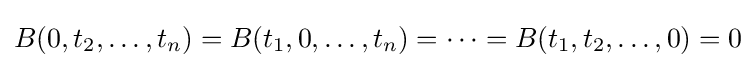
B(0,t_{2},\dots ,t_{n})=B(t_{1},0,\dots ,t_{n})=\cdots =B(t_{1},t_{2},\dots ,0)=0